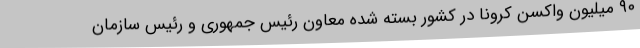
۹۰ میلیون واکسن کرونا در کشور بسته شده معاون رئیس جمهوری و رئیس سازمان